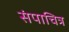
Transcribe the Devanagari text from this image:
संपाचित्र